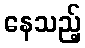
နေသည့်